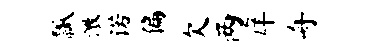
瓢激诺偏欠两庠舟